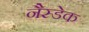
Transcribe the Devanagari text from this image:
नैस्डेक